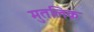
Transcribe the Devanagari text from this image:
मुतलिक़